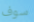
سوف